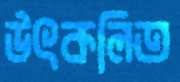
উৎকলিত